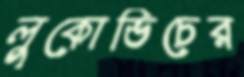
লুকোভিচের